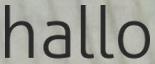
hallo